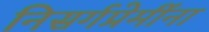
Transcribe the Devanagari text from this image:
निसर्गप्रेमींना